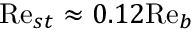
\mathrm { R e } _ { s t } \approx 0 . 1 2 \mathrm { R e } _ { b }